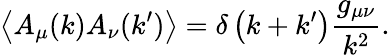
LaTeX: \left\langle A_{\mu}(k)A_{\nu}(k^{\prime})\right\rangle=\delta\left(k+k^{\prime}\right){\frac{g_{\mu\nu}}{k^{2}}}.